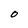
Character: 0